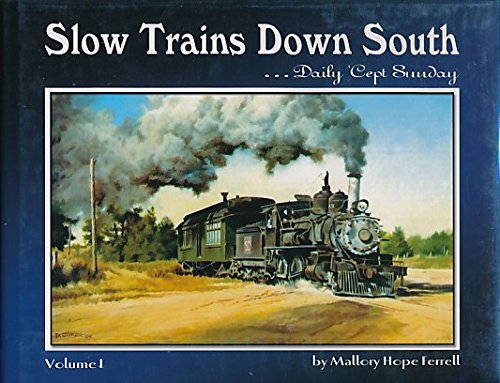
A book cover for Slow Trains Down South, Vol. 1: Daily 'Cept Sunday; Mallory Hope Ferrell; Arts & Photography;